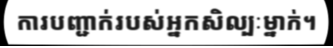
ការបញ្ជាក់របស់អ្នកសិល្បៈម្នាក់។